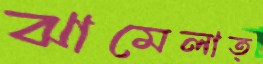
ঝামেলাত্